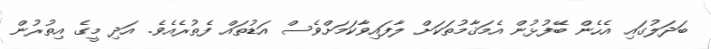
ބަދަލުގައި އެހެން ބޭފުޅުން އެމަޤާމުތަކަށް ލާފައިވާކަމަށްވެސް އަޑުތައް ފެތުރެއެވެ. އަދި މީގެ އިތުރުން